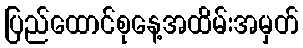
ပြည်ထောင်စုနေ့အထိမ်းအမှတ်